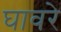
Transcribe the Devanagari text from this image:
घावरे